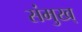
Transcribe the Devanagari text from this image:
संमुख्